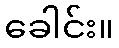
ခေါင်း။